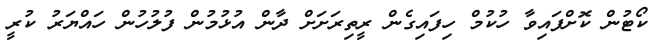
ކޯޓުން ކޮށްފައިވާ ހުކުމް ހިފައިގެން ރީތިރަށަށް ދާން އުޅުމުން ފުލުހުން ހައްޔަރު ކުރީ